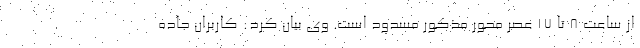
از ساعت 8 تا 17 عصر محور مذکور مسدود است. وی بیان کرد: کاربران جاده